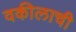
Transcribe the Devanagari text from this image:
वकीलाची